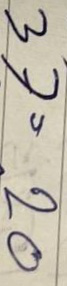
37 = 20